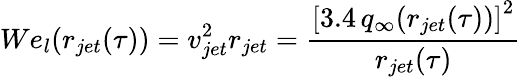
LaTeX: We_{l}(r_{jet}(\tau))=v_{jet}^{2}r_{jet}=\frac{\left[3.4\, q_{\infty}(r_{jet}(\tau))\right]^{2}}{r_{jet}(\tau)}\,